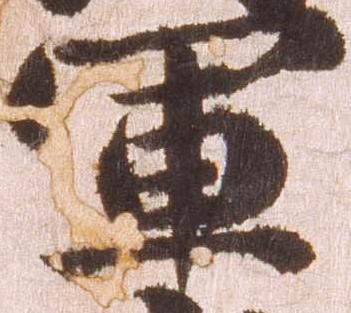
軍